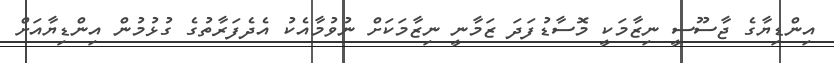
އިންޑިޔާގެ ޖާސޫސީ ނިޒާމަކީ މޮސާޑުފަދަ ޒަމާނީ ނިޒާމަކަށް ނުވުމާއެކު އެދެފަރާތުގެ ގުޅުމުން އިންޑިޔާއަށް